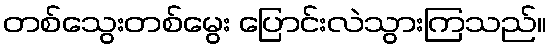
တစ်သွေးတစ်မွေး ပြောင်းလဲသွားကြသည်။